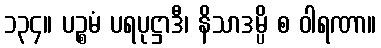
၁၃၄။ ပဉ္စမံ ပရပုဋ္ဌာဒီ၊ နိသာဒမ္ပိ စ ဝါရဏာ။